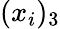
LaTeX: (x_{i})_{3}